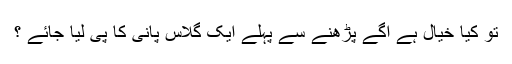
تو کیا خیال ہے آگے پڑھنے سے پہلے ایک گلاس پانی کا پی لیا جائے ؟